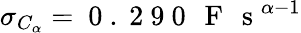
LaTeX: \sigma_{C_{\alpha}}=\mathrm{~0~.~2~9~0~\, ~F~\, ~s~}^{\alpha-1}